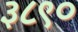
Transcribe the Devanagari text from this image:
३८९०